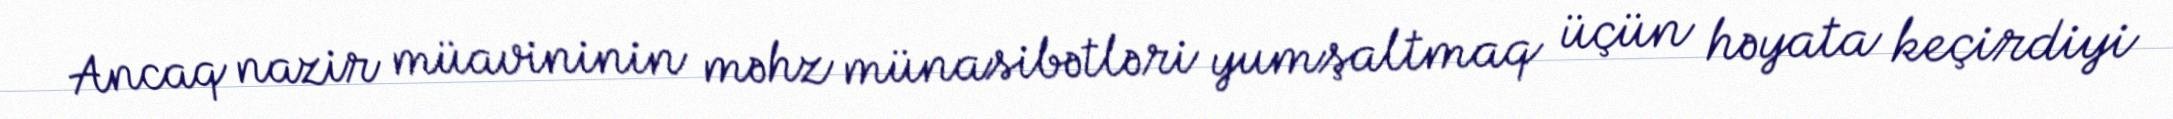
Ancaq nazir müavininin məhz münasibətləri yumşaltmaq üçün həyata keçirdiyi